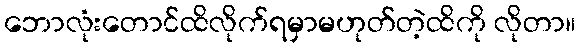
ဘောလုံးတောင်ထိလိုက်ရမှာမဟုတ်တဲ့ထိကို လိုတာ။